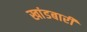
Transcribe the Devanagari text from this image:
खांडबारी